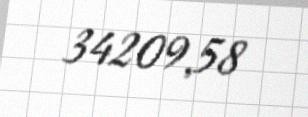
34209,58